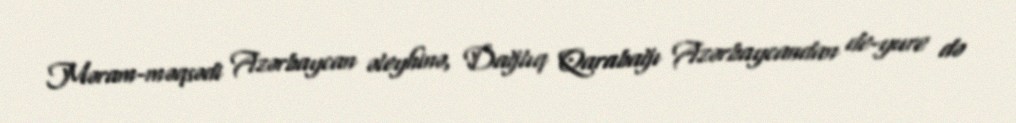
Məram-məqsədi Azərbaycan əleyhinə, Dağlıq Qarabağı Azərbaycandan de-yure də